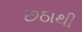
છઠાથી